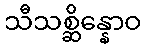
သီသစ္ဆိန္နောဝ